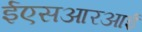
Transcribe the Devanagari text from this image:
ईएसआरआई